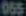
055